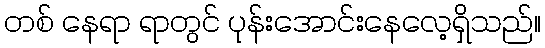
တစ် နေရာ ရာတွင် ပုန်းအောင်းနေလေ့ရှိသည်။